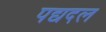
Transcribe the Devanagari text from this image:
पद्यदल